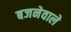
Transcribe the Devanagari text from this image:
बजनेवाले